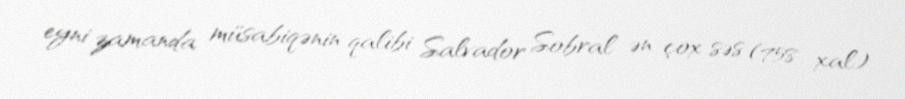
eyni zamanda müsabiqənin qalibi Salvador Sobral ən çox səs (758 xal)